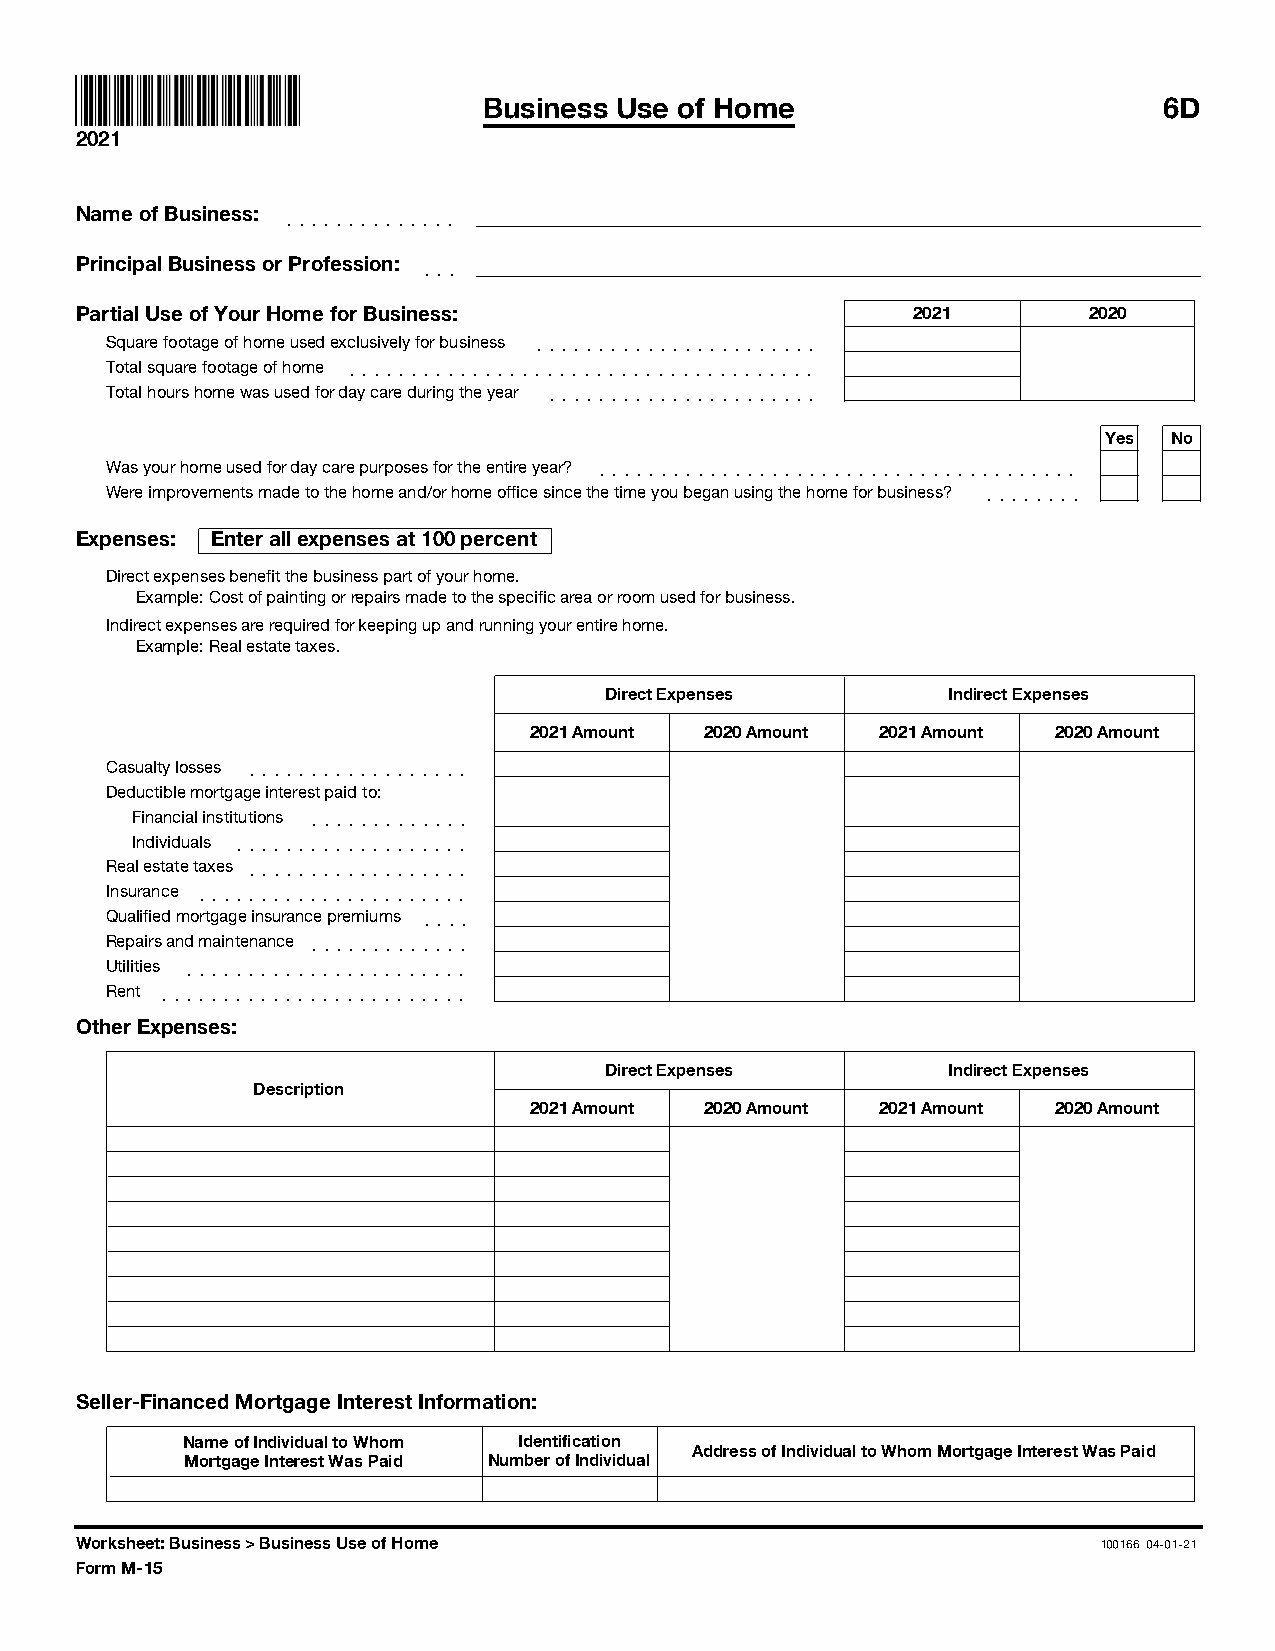
Business Use of Home                         6D
 2021
 Name of Business: ]]]]]]]]]]]]]]
 Principal Business or Profession: ]]]
 Partial Use of Your Home for Business:                 2021        2020
 Square footage of home used exclusively for business ]]]]]]]]]]]]]]]]]]]]]]]
 Total square footage of home ]]]]]]]]]]]]]]]]]]]]]]]]]]]]]]]]]]]]]]
 Total hours home was used for day care during the year ]]]]]]]]]]]]]]]]]]]]]]
 Yes  No
 Was your home used for day care purposes for the entire year? ]]]]]]]]]]]]]]]]]]]]]]]]]]]]]]]]]]]]]]]
 Were improvements made to the home and/or home office since the time you began using the home for business? ]]]]]]]]
 Expenses: Enter all expenses at 100 percent
 Direct expenses benefit the business part of your home.
 Example: Cost of painting or repairs made to the specific area or room used for business.
 Indirect expenses are required for keeping up and running your entire home.
 Example: Real estate taxes.
 Direct Expenses        Indirect Expenses
 2021 Amount 2020 Amount 2021 Amount 2020 Amount
 Casualty losses ]]]]]]]]]]]]]]]]]]
 Deductible mortgage interest paid to:
 Financial institutions ]]]]]]]]]]]]]
 Individuals ]]]]]]]]]]]]]]]]]]]
 Real estate taxes ]]]]]]]]]]]]]]]]]]
 Insurance ]]]]]]]]]]]]]]]]]]]]]]
 Qualified mortgage insurance premiums ]]]]
 Repairs and maintenance ]]]]]]]]]]]]]
 Utilities ]]]]]]]]]]]]]]]]]]]]]]]
 Rent ]]]]]]]]]]]]]]]]]]]]]]]]]
 Other Expenses:
 Direct Expenses        Indirect Expenses
 Description
 2021 Amount 2020 Amount 2021 Amount 2020 Amount
 Seller-Financed Mortgage Interest Information:
 Name of Individual to Whom Identification
 Address of Individual to Whom Mortgage Interest Was Paid
 Mortgage Interest Was Paid Number of Individual
 Worksheet: Business > Business Use of Home                          100166 04-01-21
 Form M-15